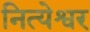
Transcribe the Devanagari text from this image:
नित्येश्वर